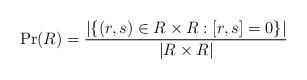
LaTeX: \begin{align*}\Pr(R) = \frac{|\lbrace(r, s)\in R\times R : [r, s] = 0 \rbrace|}{|R\times R|}\end{align*}